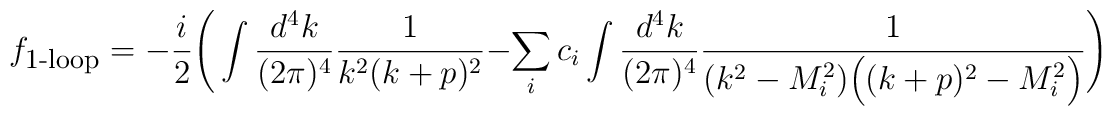
f_{\mbox{\footnotesize 1-loop}} =- \frac{i}{2}\Bigg(\int\frac{d^4k}{(2\pi)^4} \frac{1}{k^2 (k+p)^2}- \sum\limits_i c_i \int\frac{d^4k}{(2\pi)^4}\frac{1}{(k^2-M_i^2)\Big((k+p)^2-M_i^2\Big)}\Bigg)